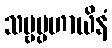
သဗ္ဗပ္ပဟာယိနံ